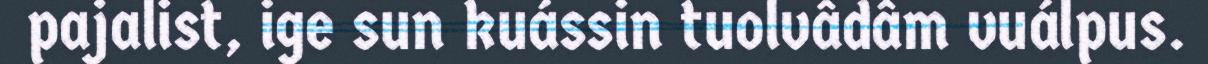
pajalist, ige sun kuássin tuolvâdâm vuálpus.